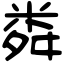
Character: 粦